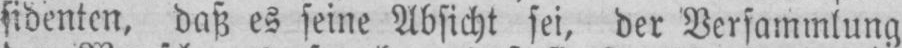
sidenten, daß es seine Absicht sei, der Versammlung